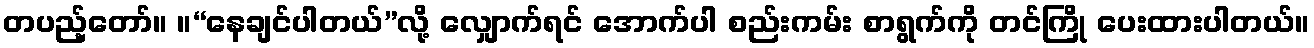
တပည့်တော်။ ။“နေချင်ပါတယ်”လို့ လျှောက်ရင် အောက်ပါ စည်းကမ်း စာရွက်ကို တင်ကြို ပေးထားပါတယ်။